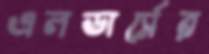
এলডার্সের